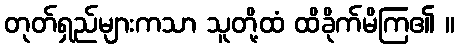
တုတ်ရှည်များကသာ သူတို့ထံ ထိခိုက်မိကြ၏ ။